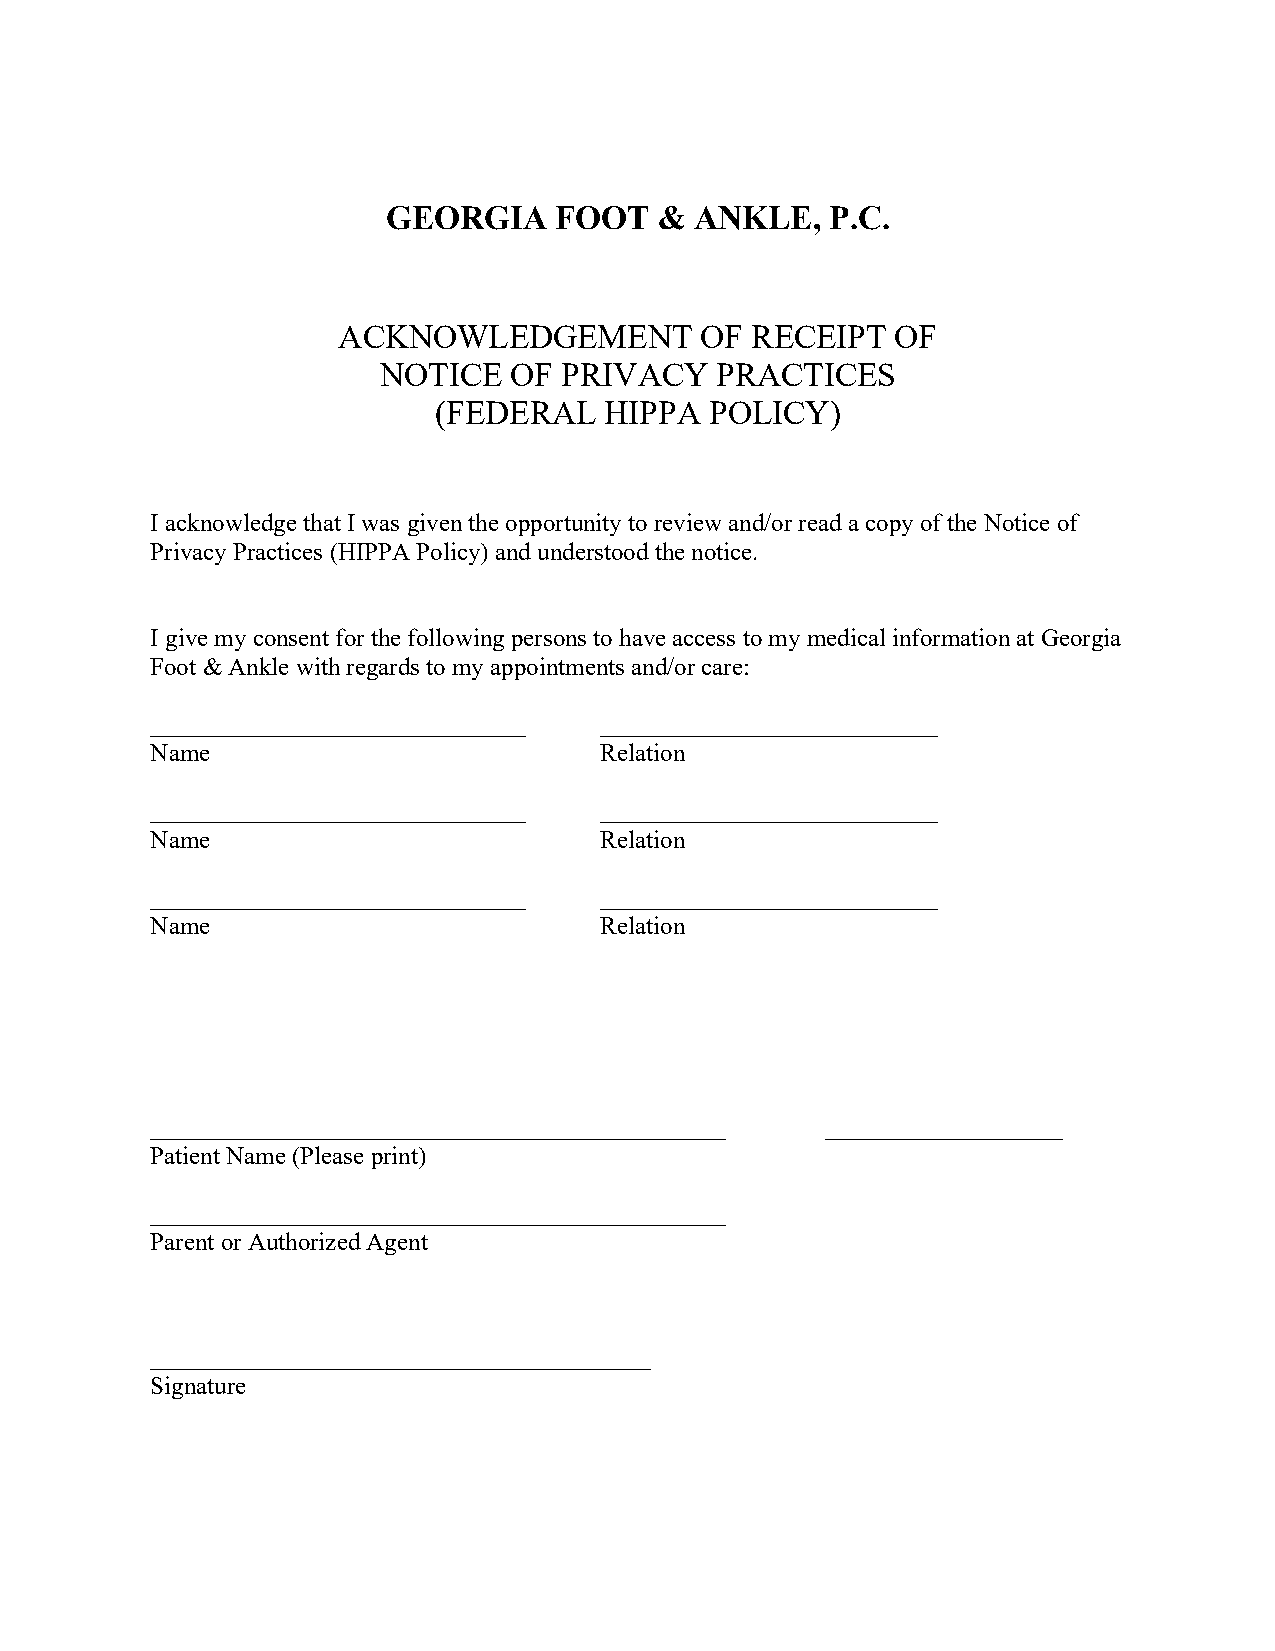
GEORGIA    FOOT   & ANKLE,   P.C.
 ACKNOWLEDGEMENT         OF  RECEIPT  OF
 NOTICE   OF PRIVACY   PRACTICES
 (FEDERAL   HIPPA  POLICY)
 I acknowledge that I was given the opportunity to review and/or read a copy of the Notice of
 Privacy Practices (HIPPA Policy) and understood the notice.
 I give my consent for the following persons to have access to my medical information at Georgia
 Foot & Ankle with regards to my appointments and/or care:
 ______________________________ ___________________________
 Name                          Relation
 ______________________________ ___________________________
 Name                          Relation
 ______________________________ ___________________________
 Name                          Relation
 ______________________________________________ ___________________
 Patient Name (Please print)
 ______________________________________________
 Parent or Authorized Agent
 ________________________________________
 Signature